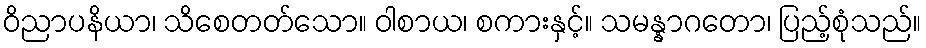
ဝိညာပနိယာ၊ သိစေတတ်သော။ ဝါစာယ၊ စကားနှင့်။ သမန္နာဂတော၊ ပြည့်စုံသည်။